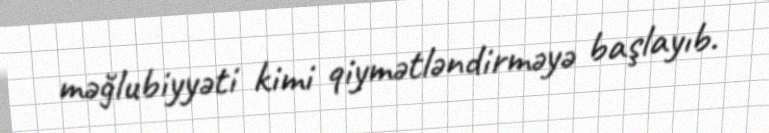
məğlubiyyəti kimi qiymətləndirməyə başlayıb.